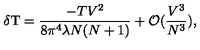
\delta \mathrm { T } = \frac { - T V ^ { 2 } } { 8 \pi ^ { 4 } \lambda N ( N + 1 ) } + { \cal O } ( \frac { V ^ { 3 } } { N ^ { 3 } } ) ,